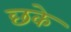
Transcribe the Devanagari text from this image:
छके